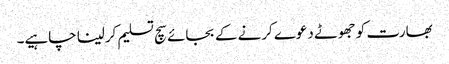
بھارت کو جھوٹے دعوے کرنے کے بجائے سچ تسلیم کرلینا چاہیے۔